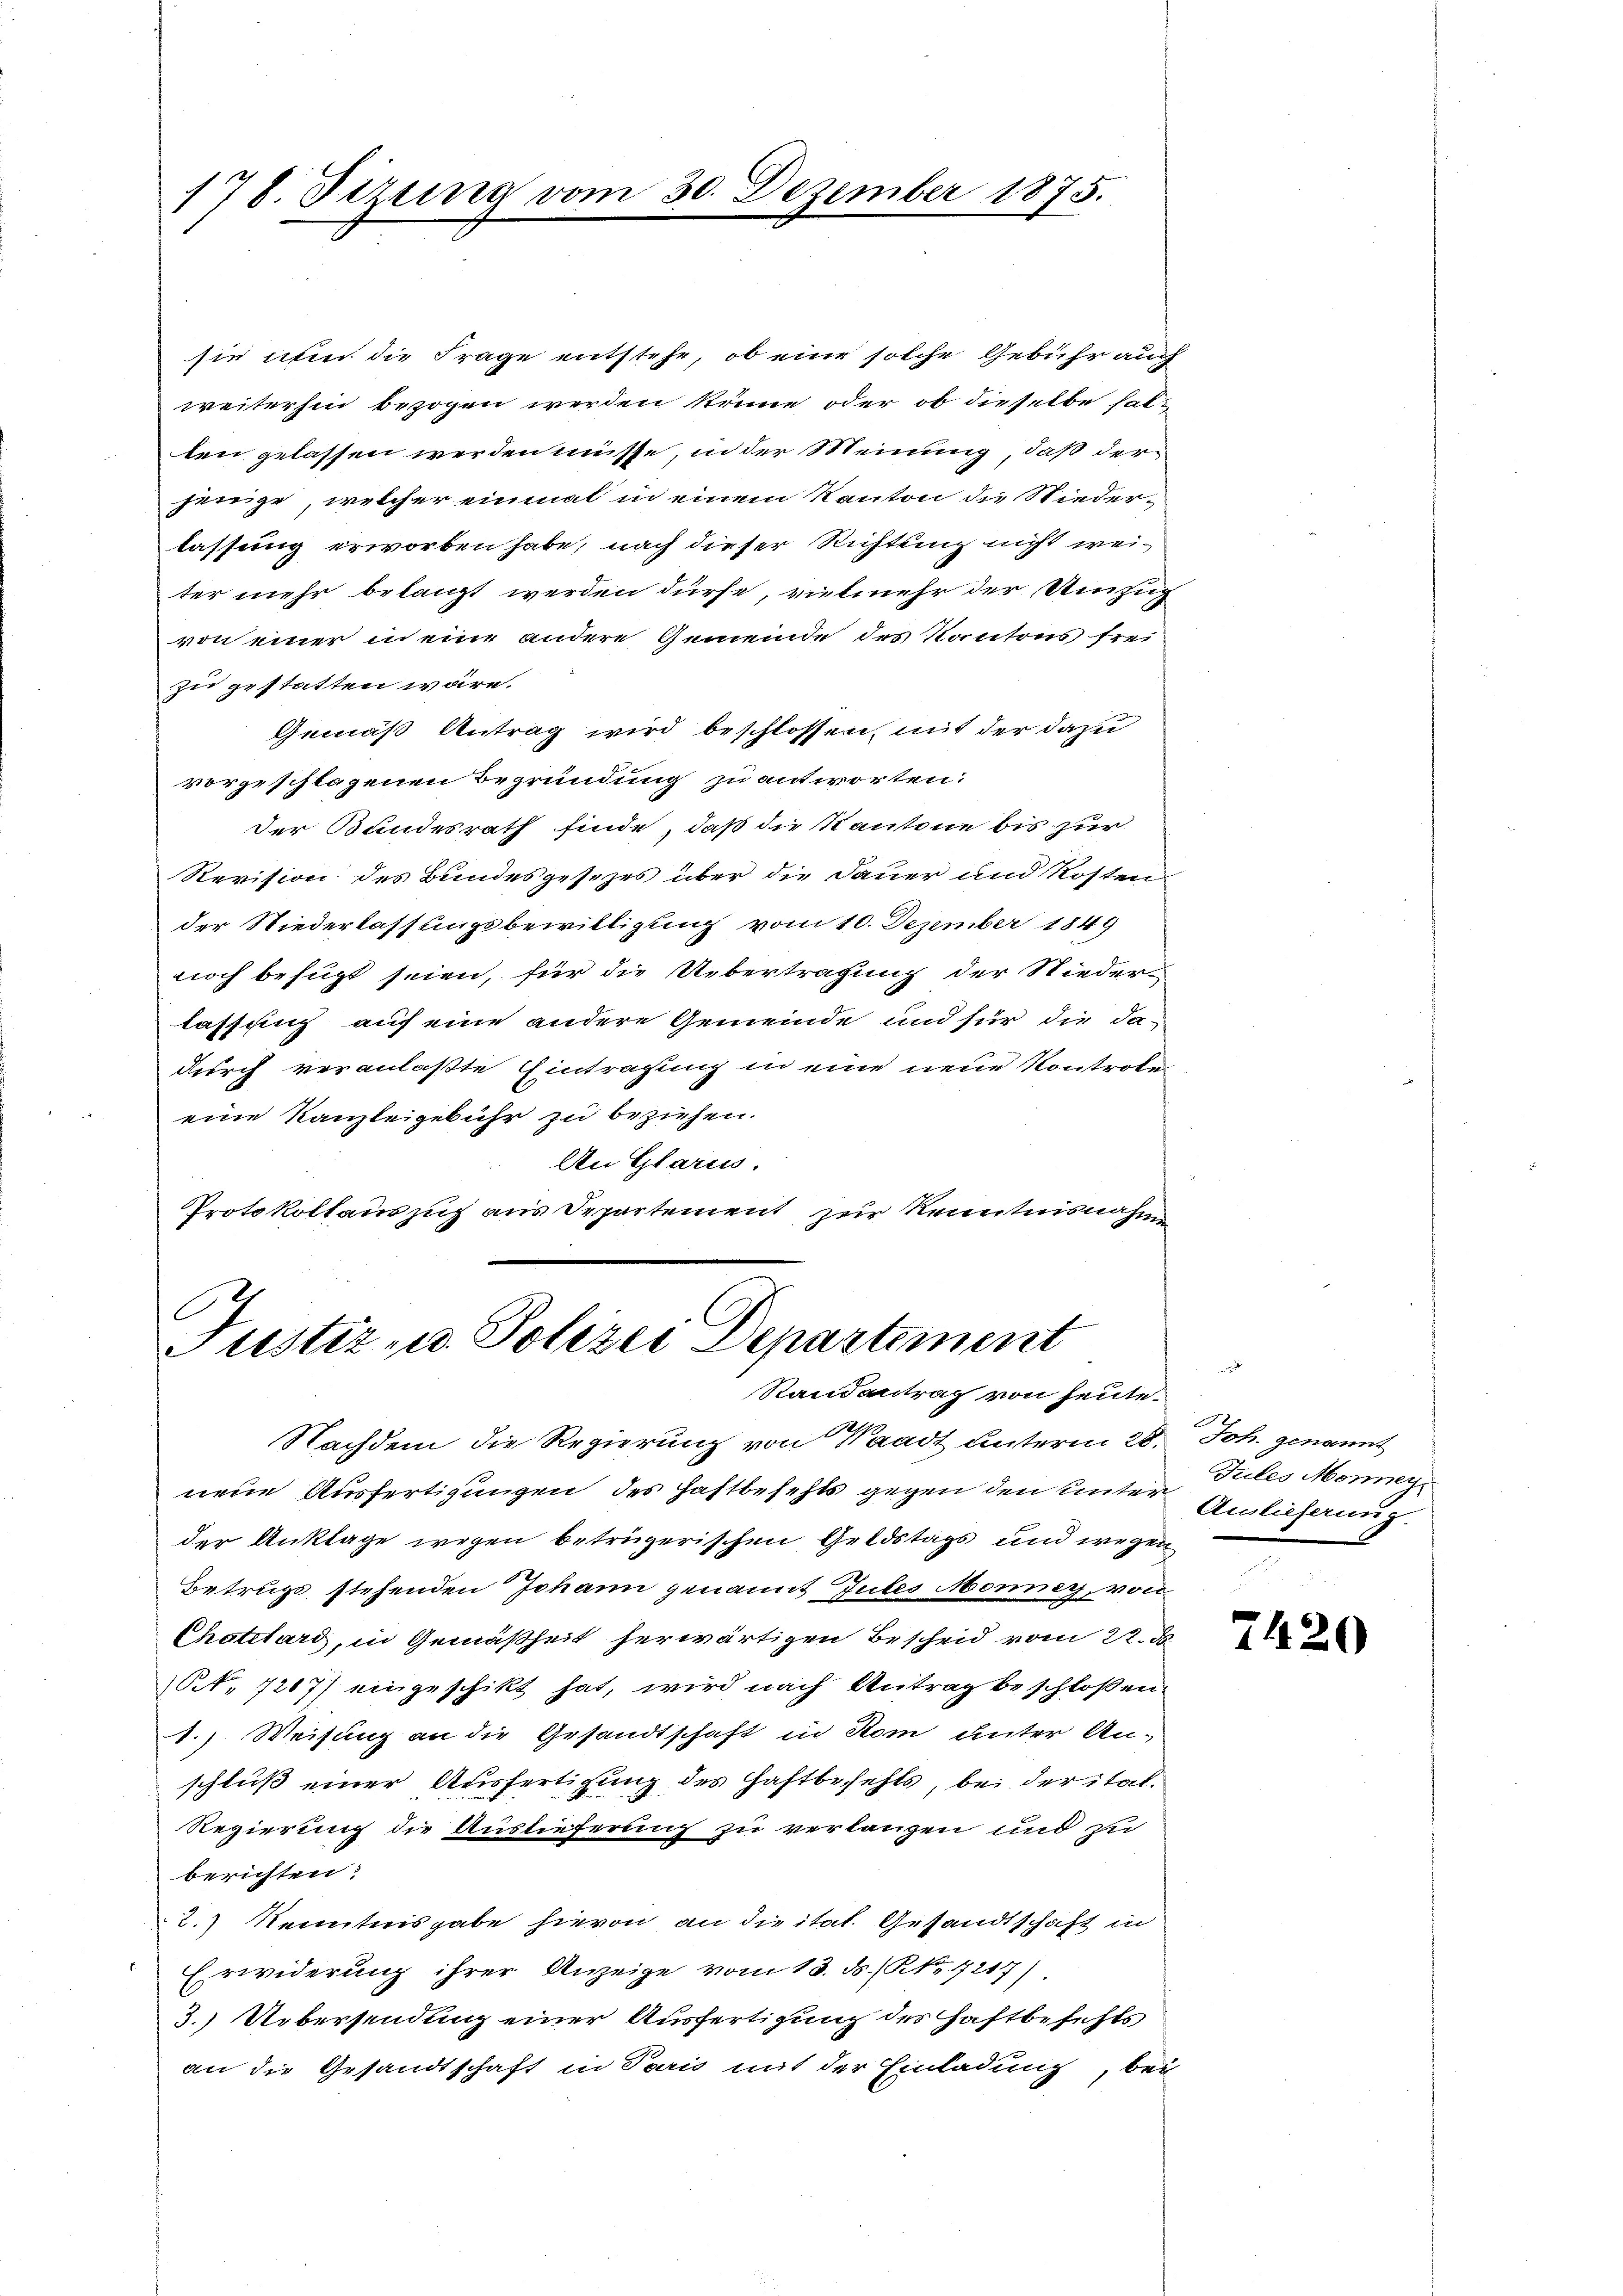
178. Sizung.

n 30. Dezember 1875.

sie nun die Frage entstehe, ob eine solche Gebühr auch
weiterhin bezogen werden könne, oder ob dieselbe halten gelassen werden müsse, in der Meinung, daß derjenige, welcher einmal in einem Kanton die Wiederlassung erworben habe, nach dieser Richtung nicht weiter mehr belangt werden dürfe, vielmehr der Umzug
von einer in eine andere Gemeinde des Kantons frei
zu gestatten wäre.
Gemäß Antrag wird beschlossen, mit der dazu
vorgeschlagenen Begründung zu antworten.
der Bundesrath finde, daß die Kantone bis zur
Revision des Bundesgesezes über die Dauer und Kosten
der Niederlassungsbewilligung vom 10. Dezember 1849
noch befugt seien, für die Uebertragung der Niederlassung auf eine andere Gemeinde und für die da-
durch veranlaßte Eintragung in eine neue Kontrole
eine Kanzleigebühr zu beziehen.
An Glarus.
Protokollauszug aus Departement zur Kenntnisnahme
e

Justiz- u. Polizei Departement
Randantrag von heute¬

Nachdem die Regierung von Waadt unterm 28. Joh. genannt
neue Ausfertigungen des Haftbefehls gegen den unter Anlieferung.
der Anklage wegen betrügerischen Geldstags und wegen
Betrugs stehenden Johann genannt Gutes Monner, von
Chotelard, in Gemäßheit herwärtigen Bescheid vom 22. d
t. 1267) eingeschikt hat, wird nach Antrag beschloßen.
1.) Weisung an die Gesandtschaft in Rom unter An-
schluß einer Ausfertigung des Haftbefehls, bei der ital¬
Regierung die Auslieferung zu verlangen und zu
berichten:
2.) Kenntnisgabe hievon an die itat. Gesandtschaft in
Erwiderung ihrer Anzeige vom 13. ds. (N. 7217)
3.) Uebersendung einer Ausfertigung des Haftbesichts
an die Gesandtschaft in Paris mit der Einladung, bei

2
Jules Monnen,

7420